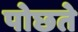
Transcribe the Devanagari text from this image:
पोछते